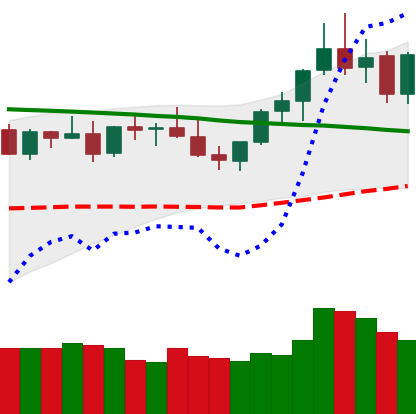
Ticker: XMR-USD
Chart end date: 2021-08-27
Forward return: -3.714%
Label: down_3_5